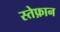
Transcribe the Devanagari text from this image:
स्तेफ़ान